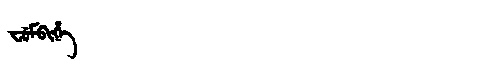
Manchu: ᠸᡠᠮᠪᡳᡥᡝ
Romanization: FUMBIHE